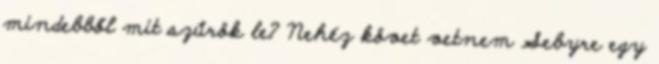
mindebből mit szűrök le? Nehéz követ vetnem Sebyre egy